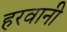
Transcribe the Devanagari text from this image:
हरवानी